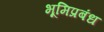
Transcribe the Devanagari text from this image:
भूमिप्रबंध